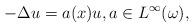
LaTeX: \begin{align*}-\Delta u=a(x) u,a\in L^\infty(\omega),\end{align*}